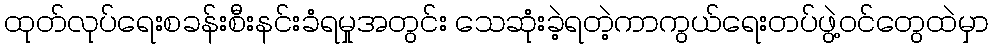
ထုတ်လုပ်ရေးစခန်းစီးနင်းခံရမှုအတွင်း သေဆုံးခဲ့ရတဲ့ကာကွယ်ရေးတပ်ဖွဲ့ဝင်တွေထဲမှာ